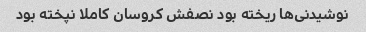
نوشیدنی‌ها ریخته بود نصفش کروسان کاملا نپخته بود